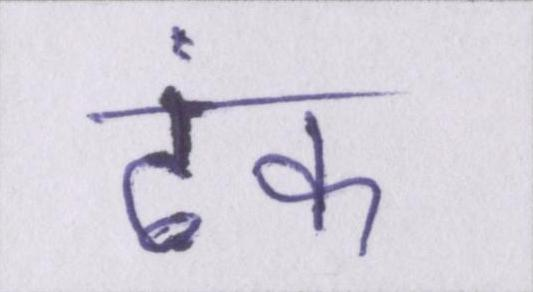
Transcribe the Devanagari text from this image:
ढंक